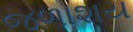
જળાશય